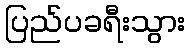
ပြည်ပခရီးသွား